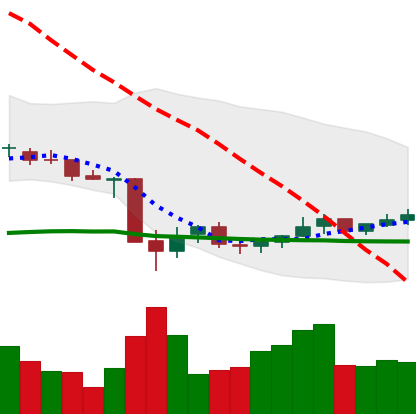
Ticker: NEO-USD
Chart end date: 2021-07-04
Forward return: -7.308%
Label: down_7plus